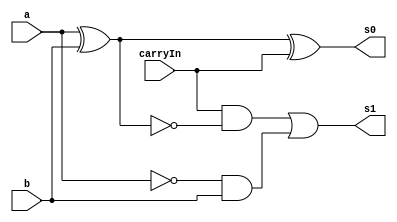
// ------------------------- 
// Exemplo0021 - FULL ADDER 
// Nome: Gabriel Benjamim de Carvalho 
// ------------------------- 
// ------------------------- 
// full subtractor
// ------------------------- 


module fullSub (output s0,

output s1, 
input a, 
input b, 
input carryIn); 


wire p1,p2,p3;

and and1 (p1,~a, b);
xor xor1 (p2, a, b);
and and2 (p3, carryIn,~p2);
xor xor2 (s0, p2, carryIn);
or or1 (s1, p3, p1); 
 
 
endmodule // 
module fullSubSys (output [4:0] s, 

input [3:0] a, 
input [3:0] b, 
input carryIn);

wire s0v1,s0v2,s0v3,s1v1,s1v2,s1v3;

fullSub ad1 (s[0], s1v1, a[0], b[0], carryIn);
fullSub ad2 (s[1], s1v2, a[1], b[1], s1v1);
fullSub ad3 (s[2], s1v3, a[2], b[3], s1v2);
fullSub ad4 (s[3], s[4], a[3], b[3], s1v3);


endmodule
module test_fullSub; 
// ------------------------- definir dados 

reg [3:0] x; 
reg [3:0] y; 
reg c; 
wire [4:0] s; 
fullSubSys s1 (s, x, y, c);
// ------------------------- parte principal 

initial begin 
$display("Exemplo0022 - Gabriel Benjamim de Carvalho - 396690"); 
$display("Test ALU's full subtractor"); 
x = 3'b110; y = 3'b111; c = 1'b0;
#1 $display("%3b + %3b = %4b", x, y, s);  
end 
endmodule // test_fullSub